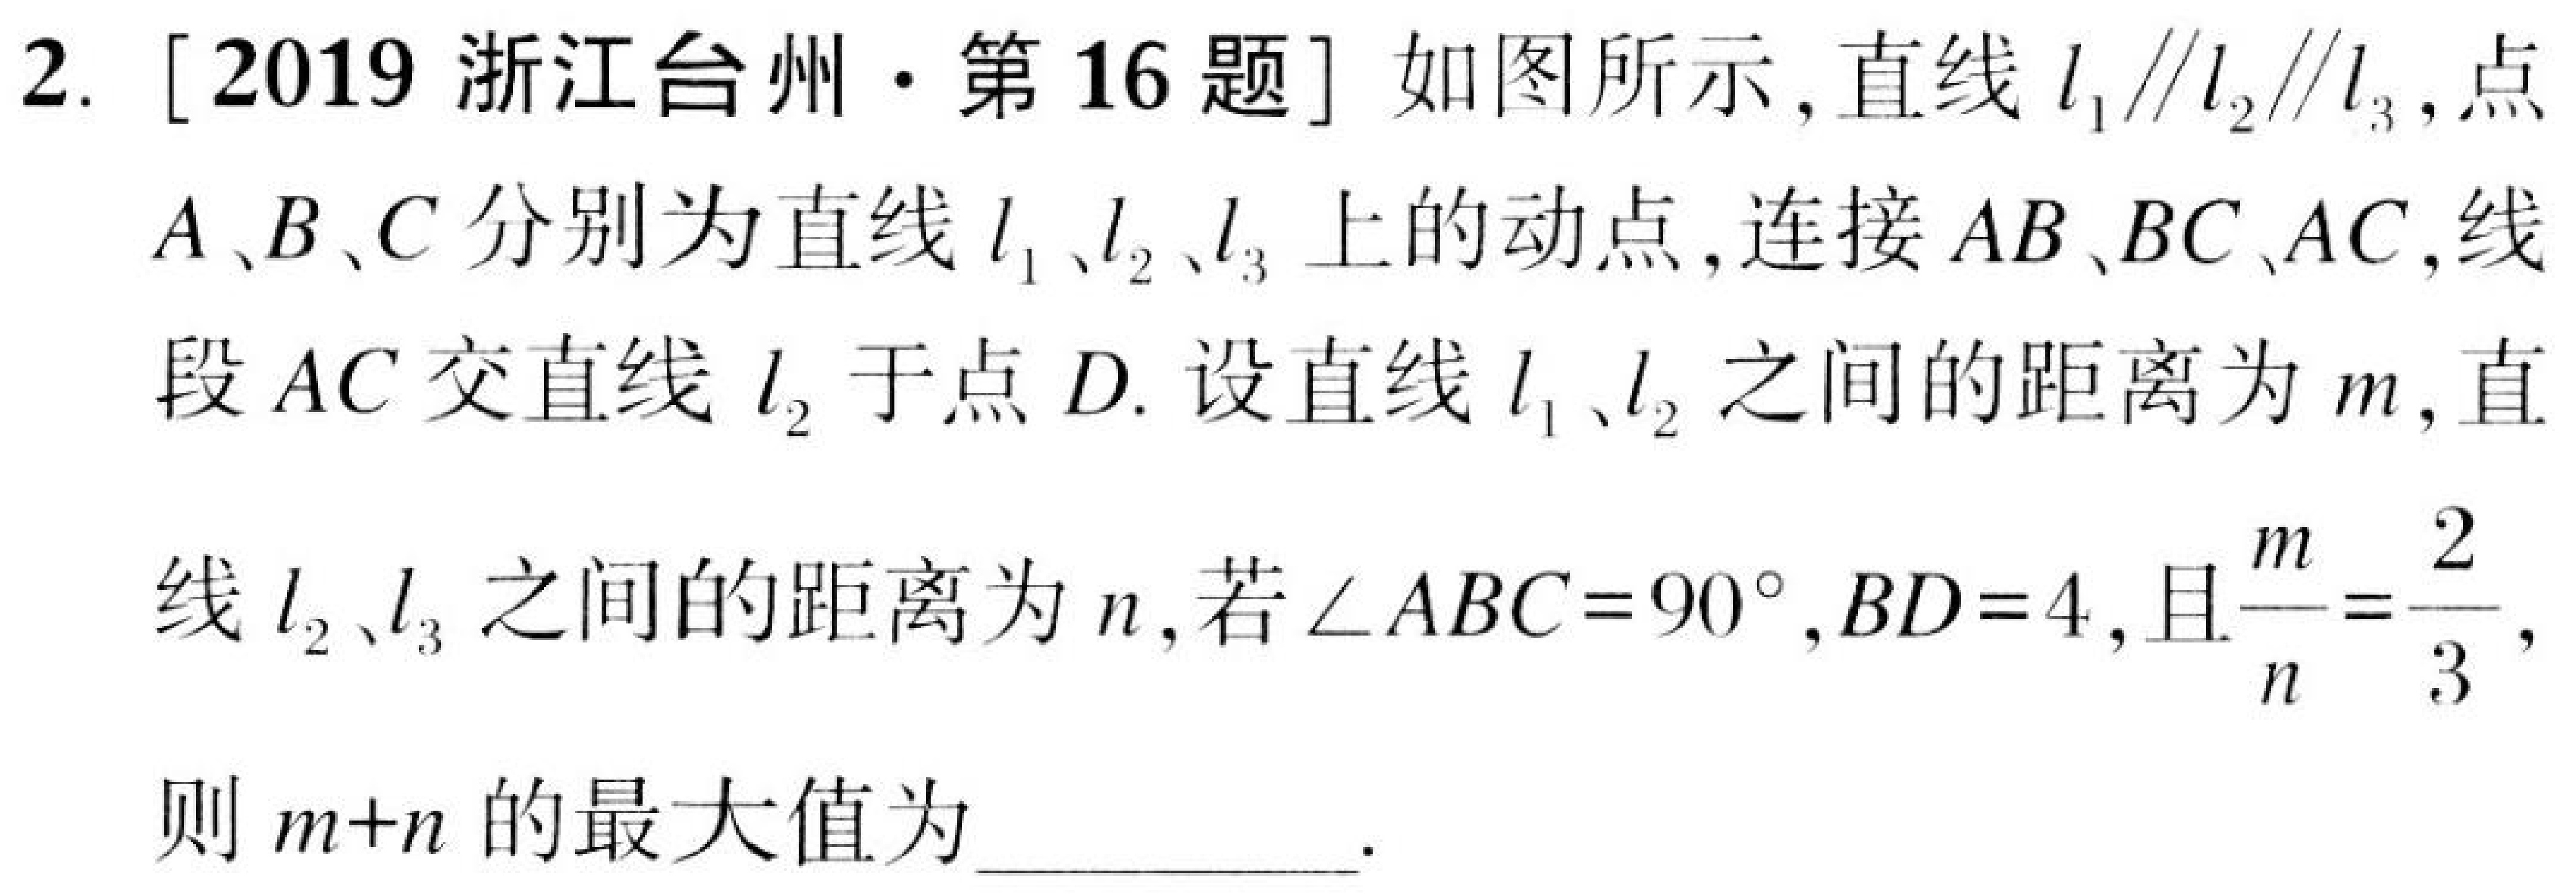
2. [2019 浙江台州·第 16 题] 如图所示,直线 \(l_{1}\parallel l_{2}\parallel l_{3}\),点
\(A、B、C\) 分别为直线 \(l_{1}、l_{2}、l_{3}\) 上的动点,连接 \(AB、BC、AC\),线
段 \(AC\) 交直线 \(l_{2}\) 于点 \(D\). 设直线 \(l_{1}、l_{2}\) 之间的距离为 \(m\),直
线 \(l_{2}、l_{3}\) 之间的距离为 \(n\),若 \(\angle ABC = 90^{\circ},BD = 4\),且\(\dfrac{m}{n}=\dfrac{2}{3}\),
则 \(m + n\) 的最大值为__________.